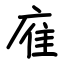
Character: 㢈